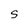
Character: s